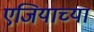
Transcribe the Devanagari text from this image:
एजियाच्या